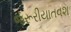
જરૂરીયાતવશ